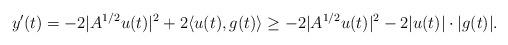
LaTeX: \begin{align*}y'(t)=-2|A^{1/2}u(t)|^{2}+2\langle u(t),g(t)\rangle\geq-2|A^{1/2}u(t)|^{2}-2|u(t)|\cdot|g(t)|.\end{align*}